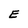
Character: E